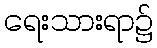
ရေးသားရာ၌